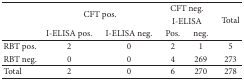
<table><thead><tr><td rowspan="2"><b> </b></td><td rowspan="2" colspan="2"><b>CFT pos.</b></td><td colspan="2"><b>CFT neg.</b></td><td rowspan="3"><b>Total</b></td></tr><tr><td colspan="2"><b>I-ELISA</b></td></tr><tr><td><b> </b></td><td><b>I-ELISA pos.</b></td><td><b>I-ELISA neg.</b></td><td><b>Pos.</b></td><td><b>neg.</b></td></tr></thead><tbody><tr><td>RBT pos.</td><td>2</td><td>0</td><td>2</td><td>1</td><td>5</td></tr><tr><td>RBT neg.</td><td>0</td><td>0</td><td>4</td><td>269</td><td>273</td></tr><tr><td>Total</td><td>2</td><td>0</td><td>6</td><td>270</td><td>278</td></tr></tbody></table>